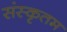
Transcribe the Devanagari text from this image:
संस्कृतम